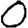
Digit: 0